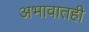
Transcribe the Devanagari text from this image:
अभावातही